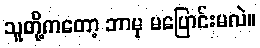
သူတို့ကတော့ ဘာမှ မပြောင်းမလဲ။